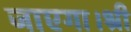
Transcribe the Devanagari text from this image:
जाएगा।श्री